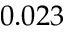
0 . 0 2 3